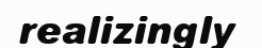
realizingly